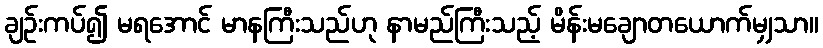
ချဉ်းကပ်၍ မရအောင် မာနကြီးသည်ဟု နာမည်ကြီးသည့် မိန်းမချောတယောက်မျှသာ။